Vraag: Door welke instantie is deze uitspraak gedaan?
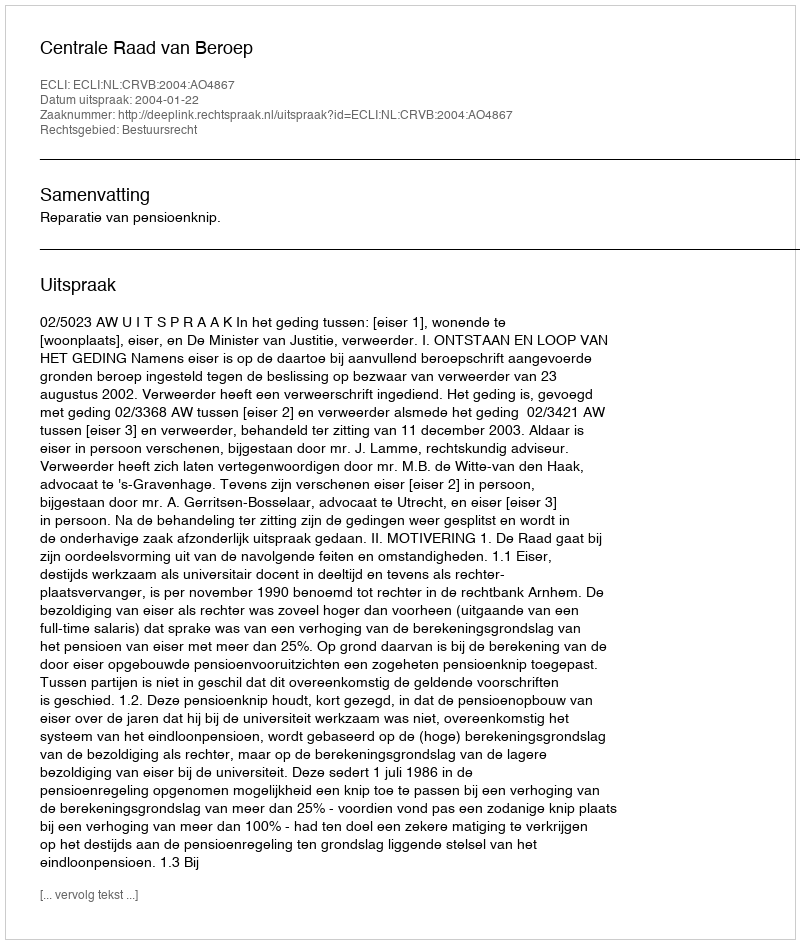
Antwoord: Centrale Raad van Beroep